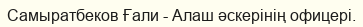
Самыратбеков Ғали - Алаш әскерінің офицері.